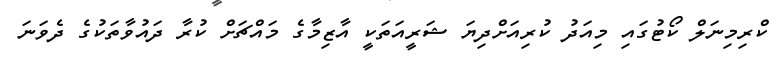
ކްރިމިނަލް ކޯޓުގައި މިއަދު ކުރިއަށްދިޔަ ޝަރީއަތަކީ އާޒިމާގެ މައްޗަށް ކުރާ ދައުވާތަކުގެ ދެވަނަ